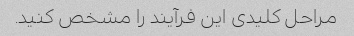
مراحل کلیدی این فرآیند را مشخص کنید.